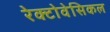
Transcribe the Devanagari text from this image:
रेक्टोवेसिकल